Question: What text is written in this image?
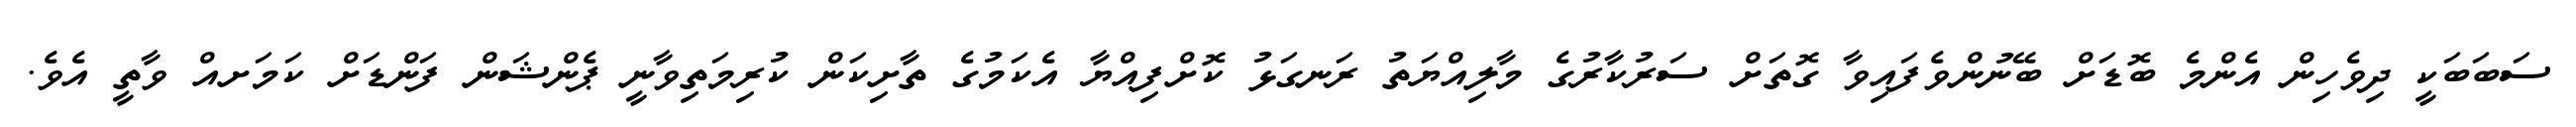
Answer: ސަބަބަކީ ދިވެހިން އެންމެ ބޮޑަށް ބޭނުންވެފައިވާ ގޮތަށް ސަރުކާރުގެ މާލިއްޔަތު ރަނގަޅު ކޮށްފިއްޔާ އެކަމުގެ ތާށިކަން ކުރިމަތިވާނީ ޕެންޝަން ފަންޑަށް ކަމަށއް ވާތީ އެވެ.